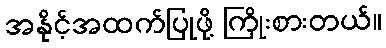
အနိုင့်အထက်ပြုဖို့ ကြိုးစားတယ်။